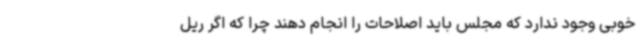
خوبی وجود ندارد که مجلس باید اصلاحات را انجام دهند چرا که اگر ریل